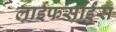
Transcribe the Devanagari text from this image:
लाईफसाईंस